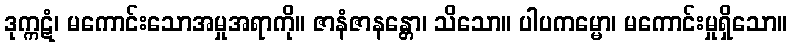
ဒုက္ကဋံ၊ မကောင်းသောအမှုအရာကို။ ဇာနံဇာနန္တော၊ သိသော။ ပါပကမ္မော၊ မကောင်းမှုရှိသော။